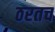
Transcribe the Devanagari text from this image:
ठरतच